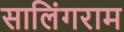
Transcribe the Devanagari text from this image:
सालिंगराम